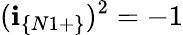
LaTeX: (\textbf{i}_{\{ N1+\} })^{2}=-1